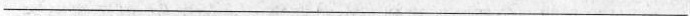
___